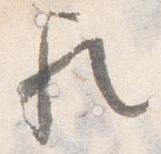
歟